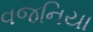
વજનિયા